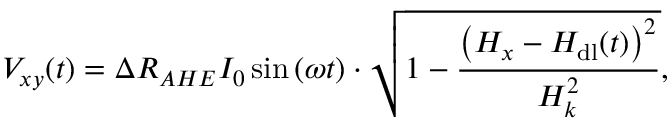
V _ { x y } ( t ) = \Delta R _ { A H E } I _ { 0 } \sin { ( \omega t ) } \cdot \sqrt { 1 - \frac { \left( H _ { x } - H _ { \mathrm { d l } } ( t ) \right) ^ { 2 } } { H _ { k } ^ { 2 } } } ,